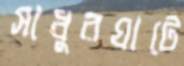
সাধুরঘাটে